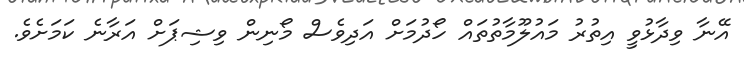
އޭނާ ވިދާޅުވީ އިތުރު މައުލޫމާތުތައް ހޯދުމަށް އަދިވެސް މޯނިން ވިޝިޕަށް އަރާނެ ކަމަށެވެ.